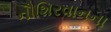
નૌશિરવાનના